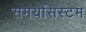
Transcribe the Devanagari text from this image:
समयसिस्टम